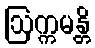
ဩက္ကမန္တိ